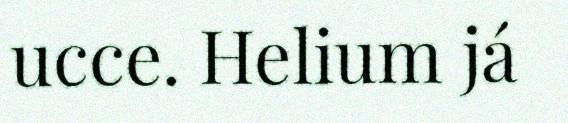
ucce. Helium já